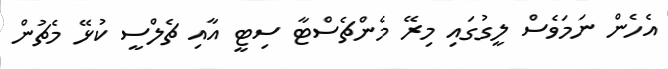
އެހެން ނަމަވެސް ލީގުގައި މިރޭ މެންޗެސްޓާ ސިޓީ އާއި ޗެލްސީ ކުޅޭ މެޗުން